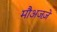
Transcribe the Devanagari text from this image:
मौअजज़े